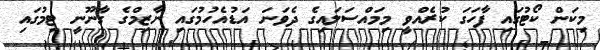
މިކަން ކޯޓުގައި ފާހަގަ ކުރެއްވީ މިމައްސަލައިގެ ދެވަނަ އަޑުއެހުމުގައި ނާޒިމްގެ ގާނޫނީ ޓިމުގައި